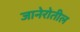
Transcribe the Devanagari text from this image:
जानेरोतील